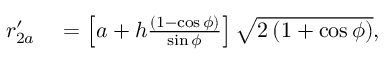
\begin{array} { r l } { r _ { 2 a } ^ { \prime } } & { { } = \left[ a + h \frac { \left( 1 - \cos { \phi } \right) } { \sin { \phi } } \right] \sqrt { 2 \left( 1 + \cos { \phi } \right) } , } \end{array}